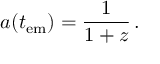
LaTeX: a ( t _ { \mathrm { e m } } ) = { \frac { 1 } { 1 + z } } \, .